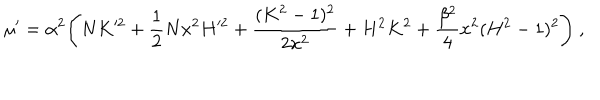
LaTeX: \mu ^ { \prime } = \alpha ^ { 2 } \Biggl ( N K ^ { 2 } + \frac { 1 } { 2 } N x ^ { 2 } H ^ { 2 } + \frac { ( K ^ { 2 } - 1 ) ^ { 2 } } { 2 x ^ { 2 } } + H ^ { 2 } K ^ { 2 } + \frac { \beta ^ { 2 } } { 4 } x ^ { 2 } ( H ^ { 2 } - 1 ) ^ { 2 } \Biggr ) \ ,